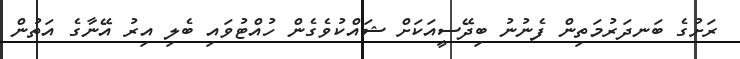
ރަށުގެ ބަނދަރުމަތިން ފެނުނު ބިދޭސީއަކަށް ޝައްކުވެގެން ހުއްޓުވައި ބެލި އިރު އޭނާގެ އަތުން